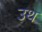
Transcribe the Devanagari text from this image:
उथ